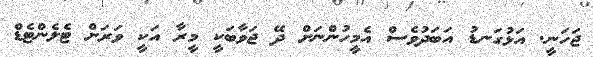
ޖަހަނީ. އަޅުގަނޑު އަބަދުވެސް އެމީހުންނަށް ދޭ ޖަވާބަކީ މީރާ އަކީ ވަރަށް ޓެލެންޓެޑް